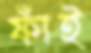
ফাঁই